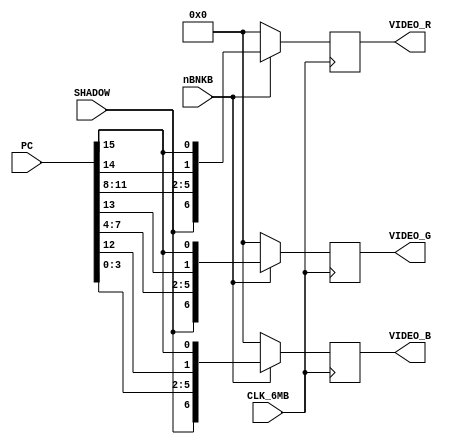
module videout(
	input CLK_6MB,
	input nBNKB,
	input SHADOW,
	input [15:0] PC,
	output reg [6:0] VIDEO_R,
	output reg [6:0] VIDEO_G,
	output reg [6:0] VIDEO_B
);
	
	// Color data latch/blanking
	always @(posedge CLK_6MB)
	begin
		VIDEO_R <= nBNKB ? {SHADOW, PC[11:8], PC[14], PC[15]} : 7'b0000000;
		VIDEO_G <= nBNKB ? {SHADOW, PC[7:4], PC[13], PC[15]} : 7'b0000000;
		VIDEO_B <= nBNKB ? {SHADOW, PC[3:0], PC[12], PC[15]} : 7'b0000000;
	end
	
endmodule